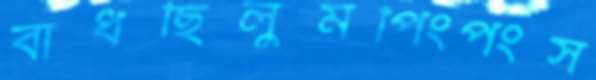
বাধছিলুমপিংপংস